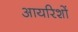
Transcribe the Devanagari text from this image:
आयरिशों